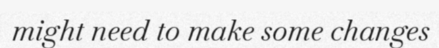
might need to make some changes